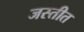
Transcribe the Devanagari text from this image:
जस्तीत